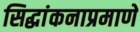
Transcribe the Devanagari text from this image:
सिद्धांकनाप्रमाणे